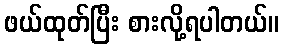
ဖယ်ထုတ်ပြီး စားလို့ရပါတယ်။